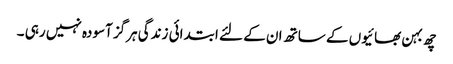
چھ بہن بھائیوں کے ساتھ ان کے لئے ابتدائی زندگی ہرگز آسودہ نہیں رہی ۔